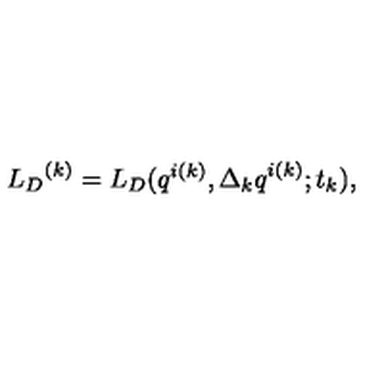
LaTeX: { { L } _ { D } } ^ { ( k ) } = { L } _ { D } ( q ^ { i ( k ) } , { \Delta _ { k } q } ^ { i ( k ) } ; t _ { k } ) ,